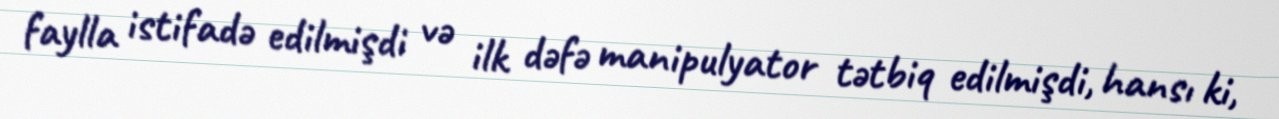
faylla istifadə edilmişdi və ilk dəfə manipulyator tətbiq edilmişdi, hansı ki,